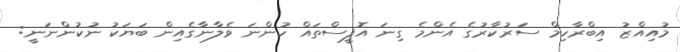
މުއިއްޒު އިބްރާހިމް ސަރުކާރުގެ އެންމެ ގިނަ އޮފީސްތައް ހުންނަ ވެލާނާގެއިން ބަޔަކު ނުކުންނަނީ: